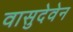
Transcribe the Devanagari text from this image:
वासुदेवेन